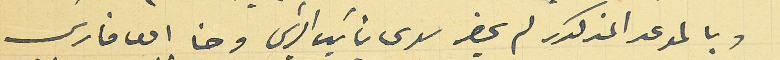
وبالموعد المذكور لم يحضر سوى نائب الرئيس وحنا ابو فارسَ